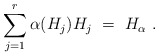
\begin{align*} \sum_{j=1}^r \alpha(H_j) H_j~=~H_{\alpha}~.\end{align*}